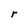
Character: r